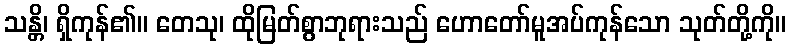
သန္တိ၊ ရှိကုန်၏။ တေသု၊ ထိုမြတ်စွာဘုရားသည် ဟောတော်မူအပ်ကုန်သော သုတ်တို့ကို။